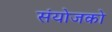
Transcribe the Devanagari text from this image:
संयोजको